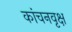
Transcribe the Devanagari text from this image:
कांचनवृक्ष